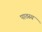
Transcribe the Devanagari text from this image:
पाठस्य